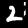
Label: 2